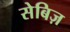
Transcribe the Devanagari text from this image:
सेबिज़